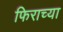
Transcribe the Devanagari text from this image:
फिराच्या